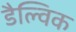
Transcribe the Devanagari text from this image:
डैल्विक